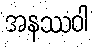
အနဿဝါ